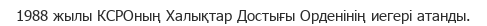
1988 жылы КСРОның Халықтар Достығы Орденінің иегері атанды.